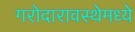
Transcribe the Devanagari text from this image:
गरोदारावस्थेमध्ये